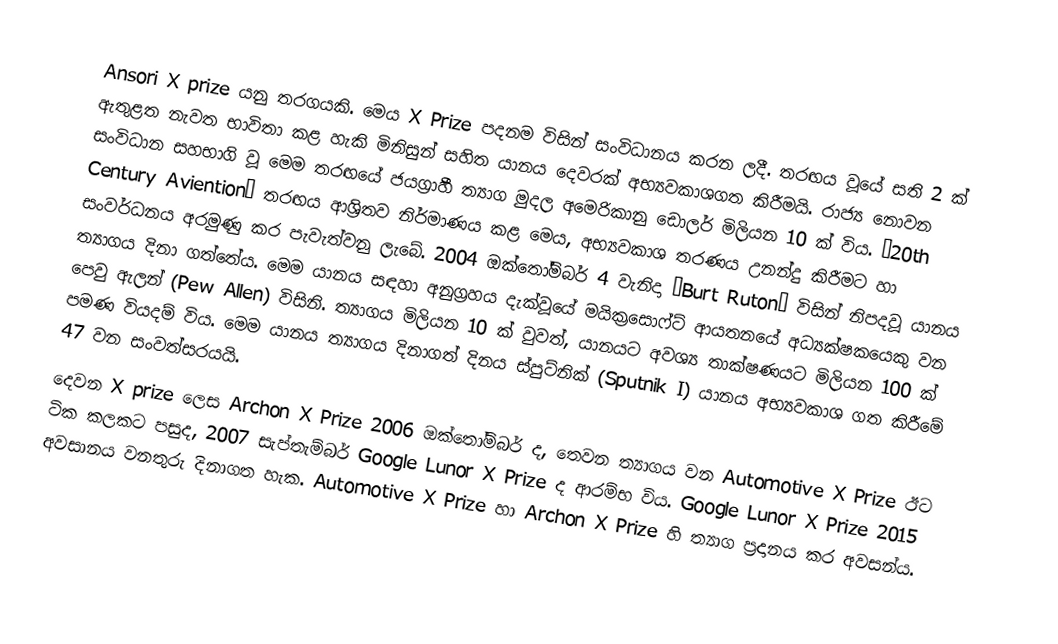
Ansori X prize යනු තරගයකි.  මෙය X Prize පදනම විසින් සංවිධානය කරන ලදී.  තරඟය වූයේ සති 2 ක් ඇතුළත නැවත භාවිතා කළ හැකි මිනිසුන් සහිත යානය දෙවරක් අභ්‍යවකාශගත කිරීමයි.  රාජ්‍ය නොවන සංවිධාන සහභාගි වූ මෙම තරඟයේ ජයග්‍රාහී ත්‍යාග මුදල අමෙරිකානු ඩොලර් මිලියන 10 ක් විය.  “20th Century Aviention” තරඟය ආශ්‍රිතව නිර්මාණය කළ මෙය, අභ්‍යවකාශ තරණය උනන්දු කිරීමට හා සංවර්ධනය අරමුණු කර පැවැත්වනු ලැබේ.  2004 ඔක්තෝම්බර් 4 වැනිදා “Burt Ruton” විසින් නිපදවූ යානය ත්‍යාගය දිනා ගත්තේය.  මෙම යානය සඳහා අනුග්‍රහය දැක්වූයේ මයික්‍රසොෆ්ට් ආයතනයේ අධ්‍යක්ෂකයෙකු වන පෙවු ඇලන් (Pew Allen)  විසිනි.  ත්‍යාගය මිලියන 10 ක් වුවත්, යානයට අවශ්‍ය තාක්ෂණයට මිලියන 100 ක් පමණ වියදම් විය.  මෙම යානය ත්‍යාගය දිනාගත් දිනය ස්පුට්නික් (Sputnik I) යානය අභ්‍යවකාශ ගත කිරීමේ 47 වන සංවත්සරයයි.
දෙවන X prize ලෙස Archon X Prize 2006 ඔක්තෝම්බර් ද, තෙවන ත්‍යාගය වන Automotive X Prize ඊට ටික කලකට පසුද, 2007 සැප්තැම්බර් Google Lunor X Prize ද ආරම්භ විය.  Google Lunor X Prize 2015 අවසානය වනතුරු දිනාගත හැක.  Automotive X Prize හා Archon X Prize හි ත්‍යාග ප්‍රදානය කර අවසන්ය.